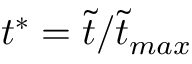
t ^ { * } = \tilde { t } / \tilde { t } _ { m a x }